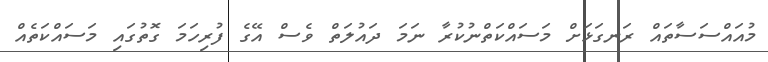
މުއައްސަސާތައް ރަނގަޅަށް މަސައްކަތްނުކުރާ ނަމަ ދައުލަތް ވެސް އޭގެ ފުރިހަމަ ގޮތުގައި މަސައްކަތެއް